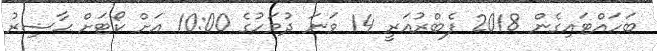
ބަހައްޓައިގެން 2018 ފެބްރުއަރީ 14 ވަނަ ދުވަހުގެ 10:00 އަށް ކޯޓަށް ޙާޟިރު